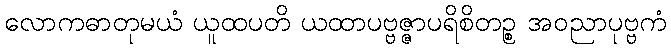
လောကဓာတုမယံ ယူထပတိ ယထာပဗ္ဗဇ္ဇာပရိစိတဉ္စ အဝညာပုဗ္ဗကံ